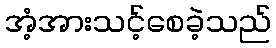
အံ့အားသင့်စေခဲ့သည်